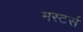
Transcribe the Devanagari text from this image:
मस्टर्स